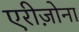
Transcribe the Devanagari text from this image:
एरीज़ोना